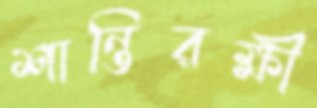
শান্তিরক্ষী